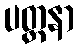
ပတ္ထနာ